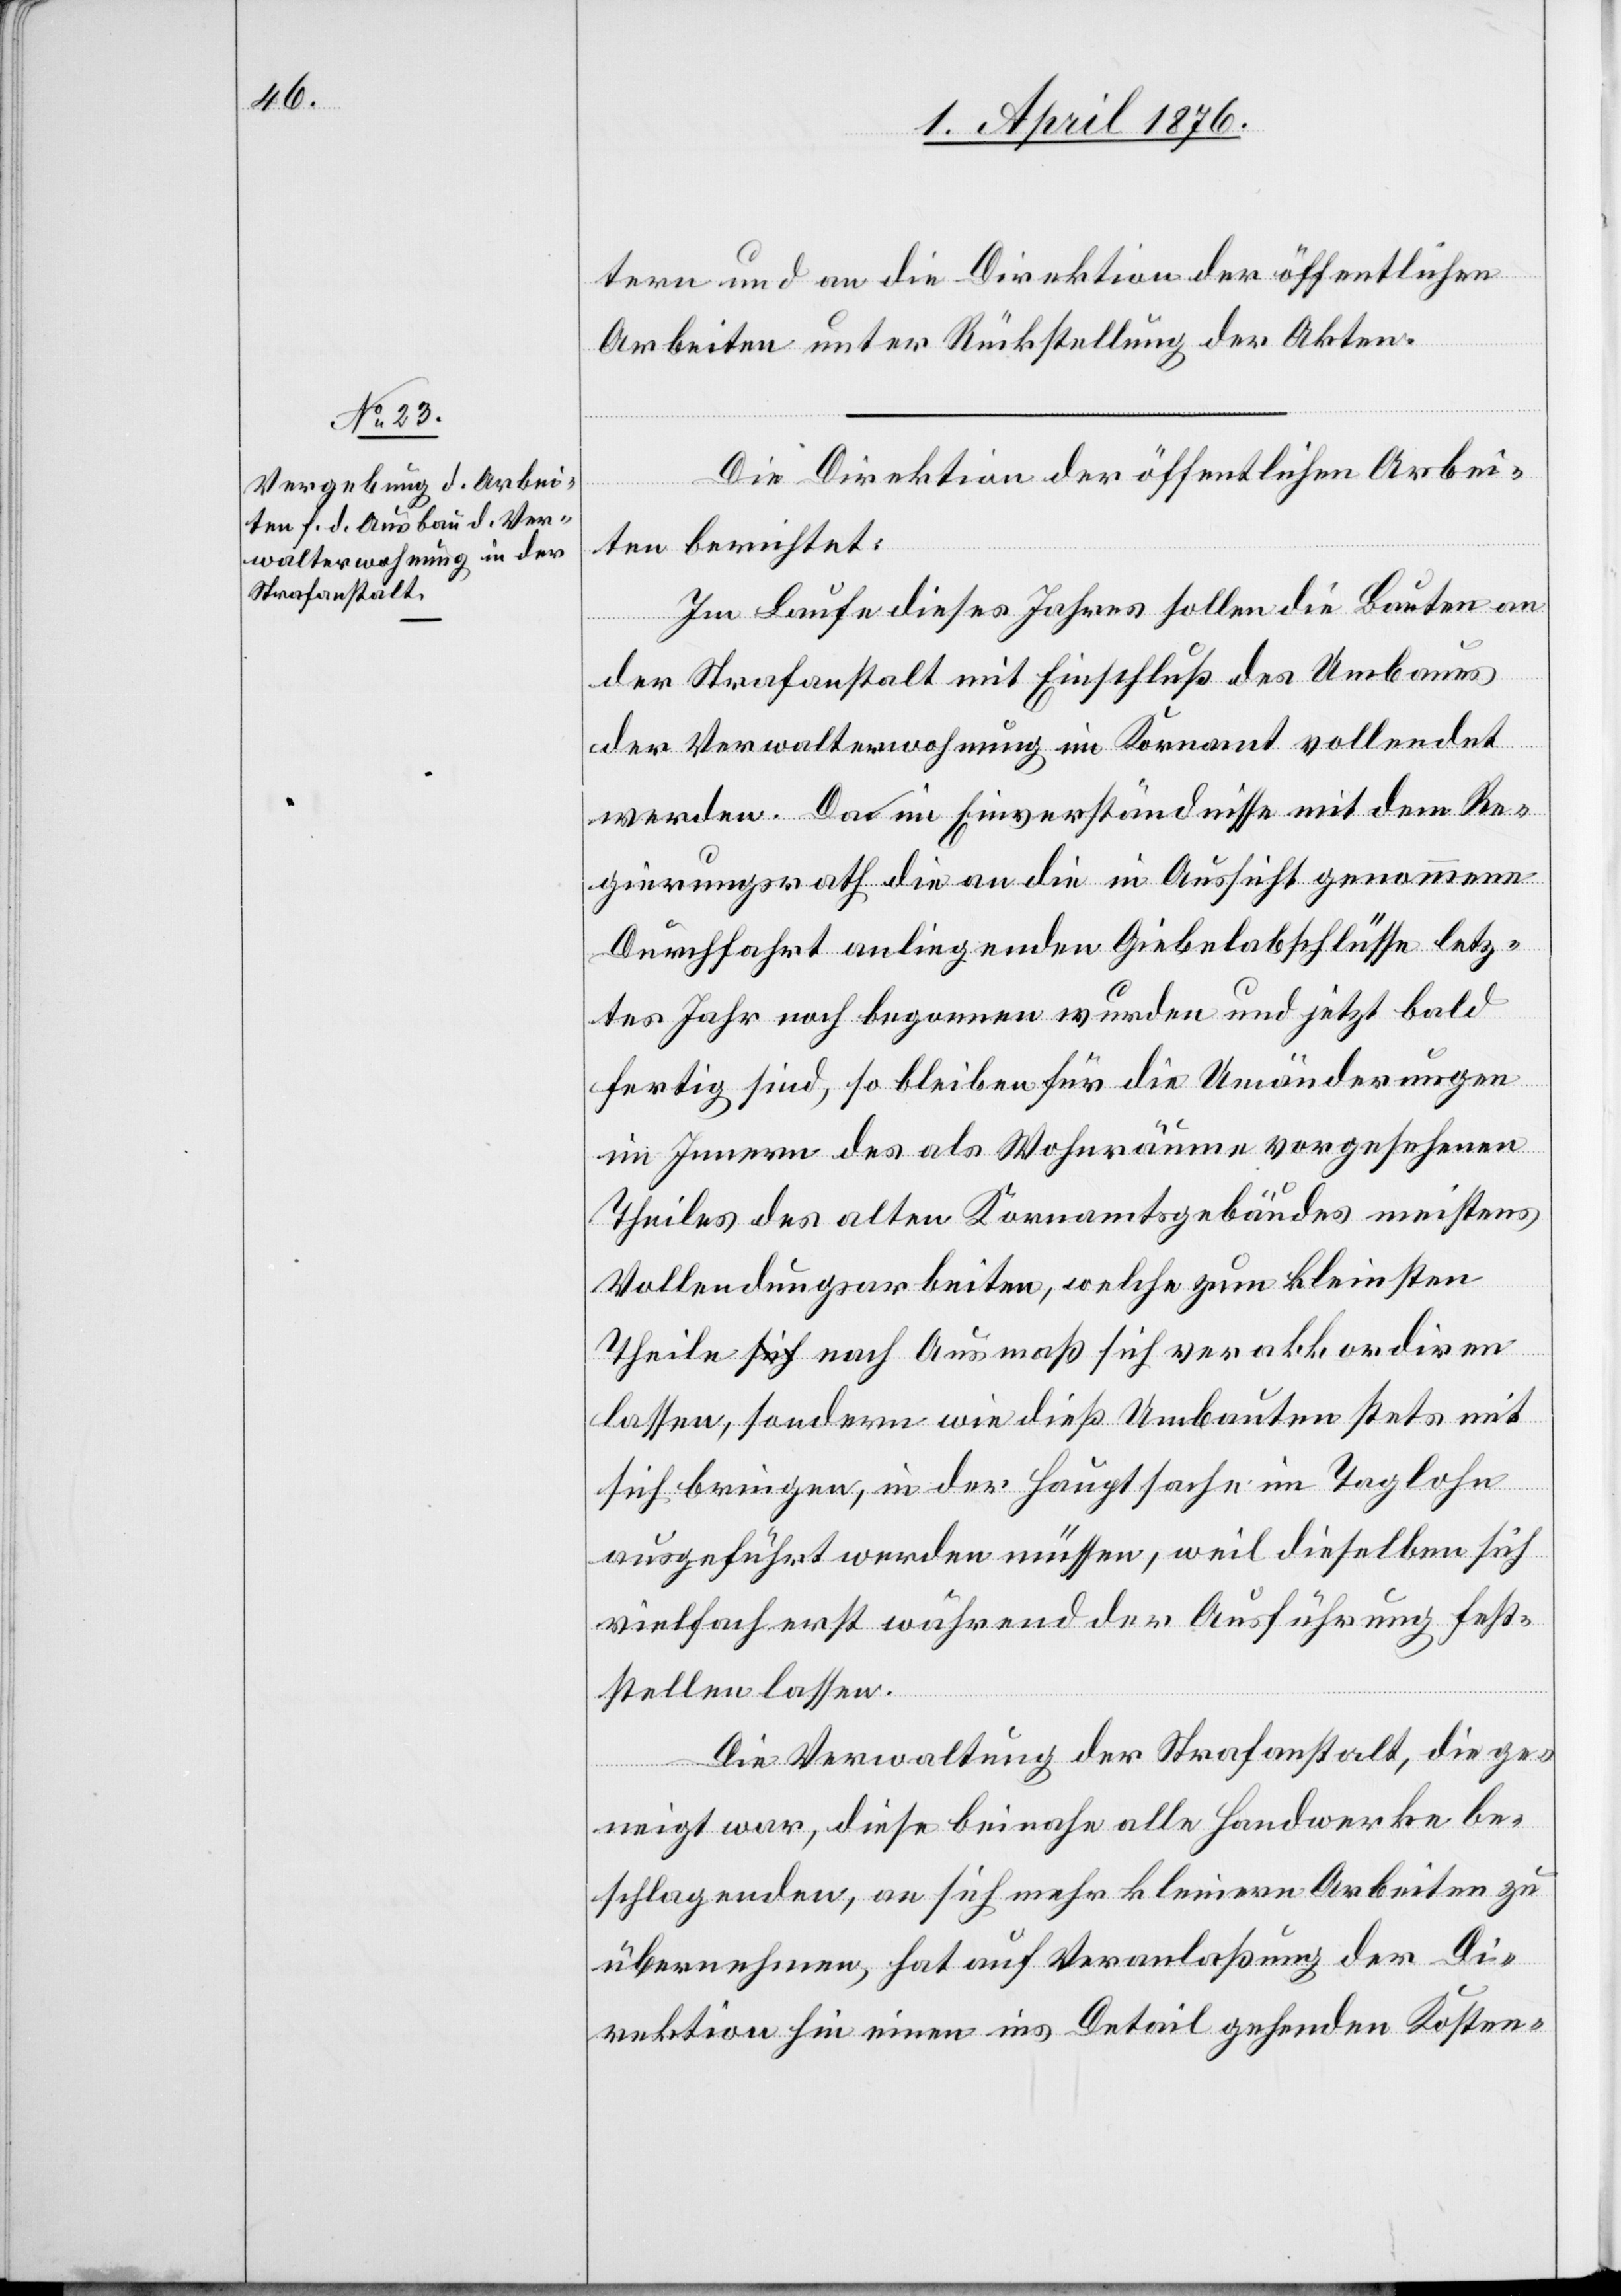
tern und an die Direktion der öffentlichen
Arbeiten unter Rückstellung der Akten.
Die Direktion der öffentlichen Arbei¬
ten berichtet:
Im Laufe dieses Jahres sollen die Bauten an
der Strafanstalt mit Einschluß des Umbaues
der Verwalterwohnung im Kornamt vollendet
werden. Da im Einverständnisse mit dem Re¬
gierungsrath die an die in Aussicht genommene
Durchfahrt anliegenden Giebelabschlüsse letz¬
tes Jahr noch begonnen wurden und jetzt bald
fertig sind, so bleiben für die Umänderungen
im Innern des als Wohnräume vorgesehenen
Theiles des alten Kornamtgebäudes meistens
Vollendungsarbeiten, welche zum kleinsten
Theil nach Ausmaß sich verakkoriren
lassen, sondern wie dieß Umbauten stets mit
sich bringen, in der Hauptsache im Taglohne
ausgeführt werden müssen, weil dieselben sich
vielfach erst während der Ausführung fest¬
stellen lassen.
Die Verwaltung der Strafanstalt, die ge¬
neigt war, diese beinahe alle Handwerke be¬
schlagenden, an sich mehr kleinern Arbeiten zu
übernehmen, hat auf Veranlaßung der Di¬
rektion hin einen ins Detail gehenden Kosten-